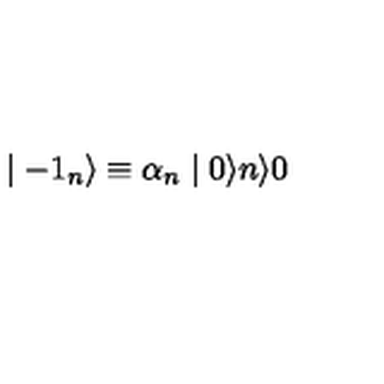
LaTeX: \mid - { 1 } _ { n } \rangle \equiv { \alpha } _ { n } \mid 0 \rangle n \rangle 0